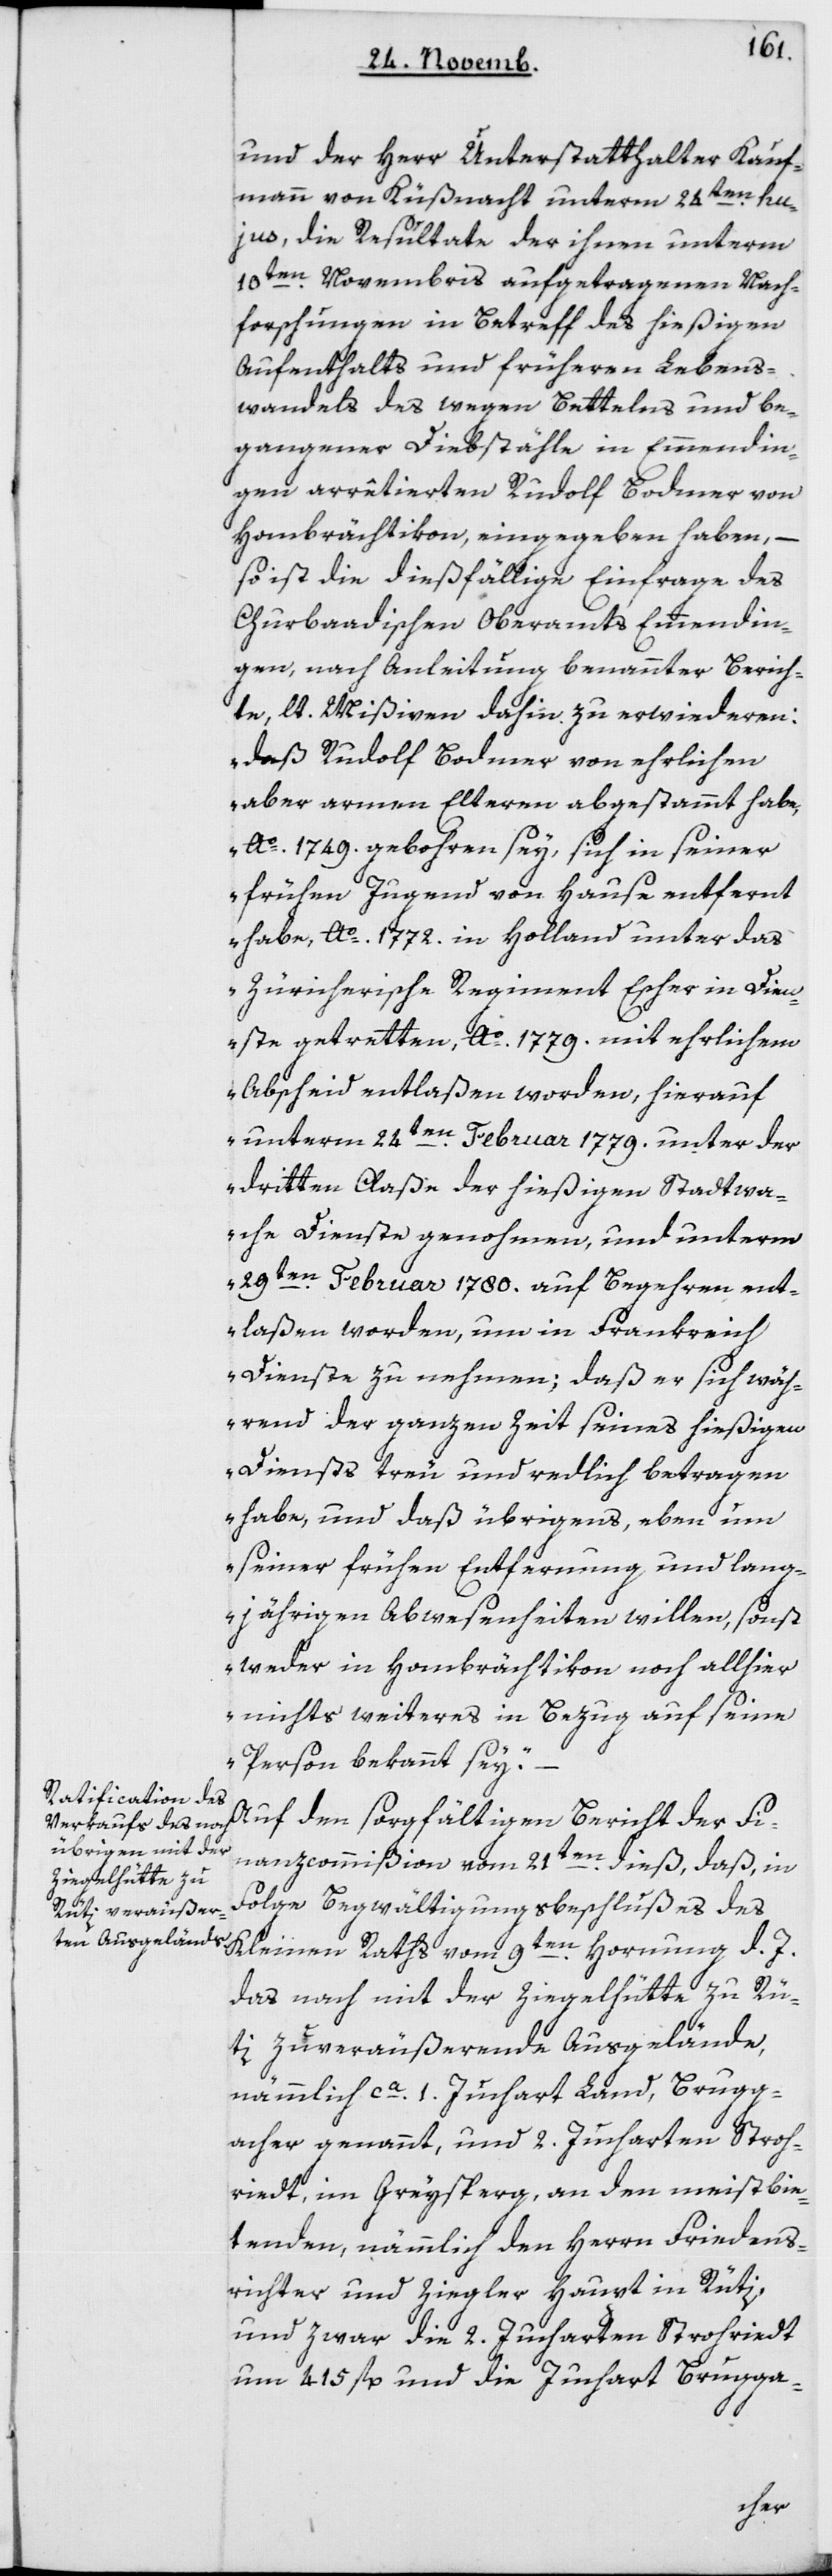
und der Herr Unterstatthalter Kauf¬
mann von Küsnacht unterm 24ten hu¬
jus, die Resultate der ihnen unterm
10ten Novembris aufgetragenen Nach¬
forschungen in Betreff des hießigen
Aufenthalts und früheren Lebens¬
wandels des wegen Bettelns und be¬
gangener Diebstähle in Emmendin¬
gen arrêtierten Rudolf Bodmer von
Hombrächtikon, eingegeben haben, –
so ist die diesfällige Einfrage des
Churbadischen Oberamts Emmendin¬
gen, nach Anleitung benannter Berich¬
te, lt. Mißiven, dahin zu erwideren:
„Daß Rudolf Bodmer von ehrlichen
aber armen Elteren abgestammt habe,
Ao. 1749 gebohren sey, sich in seiner
frühen Jugend von Hause entfernt
habe, Ao. 1772 in Holland unter das
Züricherische Regiment Escher in Dien¬
ste getretten, Ao. 1779 mit ehrlichem
Abscheid entlaßen worden, hierauf
unterm 24ten Februar 1779 unter der
dritten Claße der hießigen Stadtwa¬
che Dienste genohmen, und unterm
29ten Februar 1780 auf Begehren ent¬
laßen worden, um in Frankreich
Dienste zu nehmen; daß er sich wäh¬
rend der ganzen Zeit seines hießigen
Diensts treu und redlich betragen
habe und daß übrigens, eben um
seiner frühen Entfernung und lang¬
jährigen Abwesenheit willen, sonst
weder in Hombrächtikon noch allhier
nichts Weiteres in Bezug auf seine
Person bekannt sey.“
Auf den sorgfältigen Bericht der Fi¬
nanzcommißion vom 21ten dieß, daß in
Folge Begwältigungsbeschlußes des
Kleinen Raths vom 9ten Hornung d. J.
das nach mit der Ziegelhütte zu Rü¬
ti zu veräußernde Ausgelände,
nämmlich ca 1 Juchart Land, Brugg¬
acher genannt, und 2 Jucharten Stroh¬
riedt im Greysperg, an den meistbie¬
tenden, nämlich den Herrn Friedens¬
richter und Ziegler Haupt in Rüti,
und zwar die 2 Jucharten Strohriedt
um 415 fl. und die Juchart Brugga-